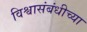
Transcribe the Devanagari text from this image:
विश्वासंबंधीच्या